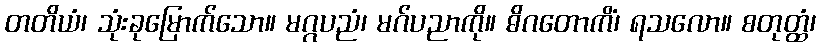
တတိယံ၊ သုံးခုမြောက်သော။ မဂ္ဂပညံ၊ မဂ်ပညာကို။ ဓိဂတောကိံ၊ ရသလော။ စတုတ္ထံ၊